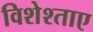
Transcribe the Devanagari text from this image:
विशेश्ताए